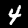
Digit: 4